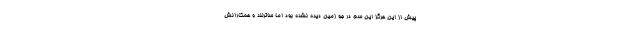
پیش از این هرگز این سم در جو زمین دیده نشده بود اما ساترلند و همکارانش